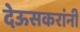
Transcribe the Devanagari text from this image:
देऊसकरांनी